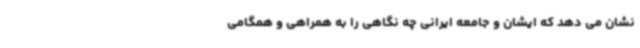
نشان می دهد که ایشان و جامعه ایرانی چه نگاهی را به همراهی و همگامی